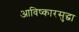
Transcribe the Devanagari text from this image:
आविष्कारसुद्धा